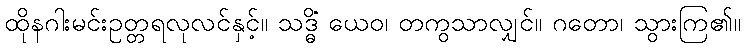
ထိုနဂါးမင်းဥတ္တရလုလင်နှင့်။ သဒ္ဓိံ ယေဝ၊ တကွသာလျှင်။ ဂတော၊ သွားကြ၏။